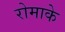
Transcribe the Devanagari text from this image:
रोमाके